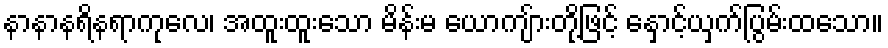
နာနာနရိနရာကုလေ၊ အထူးထူးသော မိန်းမ ယောကျ်ားတို့ဖြင့် နှောင့်ယှက်ပြွမ်းထသော။